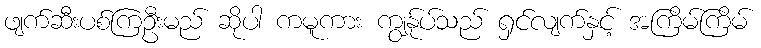
ဖျက်ဆီးပစ်ကြဦးမည် ဆိုပါ ကမူကား ကျွနု်ပ်သည် ရှင်လျက်နှင့် အကြိမ်ကြိမ်